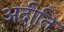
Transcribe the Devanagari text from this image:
अदीति